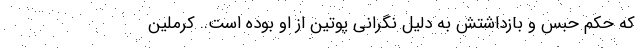
که حکم حبس و بازداشتش به دلیل نگرانی پوتین از او بوده است.. کرملین